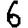
Digit: 6